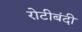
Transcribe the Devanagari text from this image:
रोटीबंदी